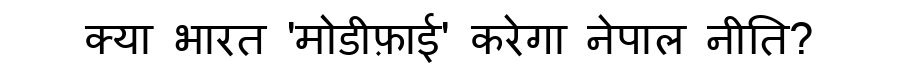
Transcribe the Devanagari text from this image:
क्या भारत 'मोडीफ़ाई' करेगा नेपाल नीति?